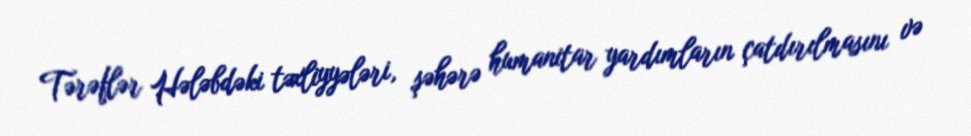
Tərəflər Hələbdəki təxliyyələri, şəhərə humanitar yardımların çatdırılmasını və